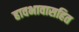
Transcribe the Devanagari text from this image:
हावभावासहित